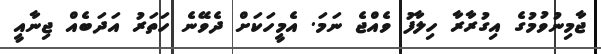
ޖާމިނުވުމުގެ އިގުރާރާ ހިލާފު ވެއްޖެ ނަމަ. އެމީހަކަށް ދެވޭނެ ހަތަރު އަދަބެއް ޖިނާއީ